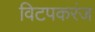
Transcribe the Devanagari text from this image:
विटपकरंज